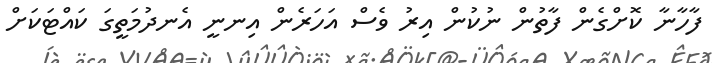
ފާހާނާ ކޮށްގެން ފާތުން ނުކުން އިރު ވެސް އަހަރެން އިނނީ އެނދުމަތީގަ ކައްޓަކަށް